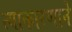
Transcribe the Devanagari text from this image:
त्याकारणाने